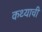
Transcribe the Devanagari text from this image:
कथ्याची